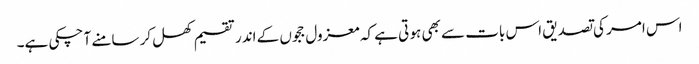
اس امر کی تصدیق اس بات سے بھی ہو تی ہے کہ معزول ججوں کے اندر تقسیم کھل کر سامنے آ چکی ہے۔